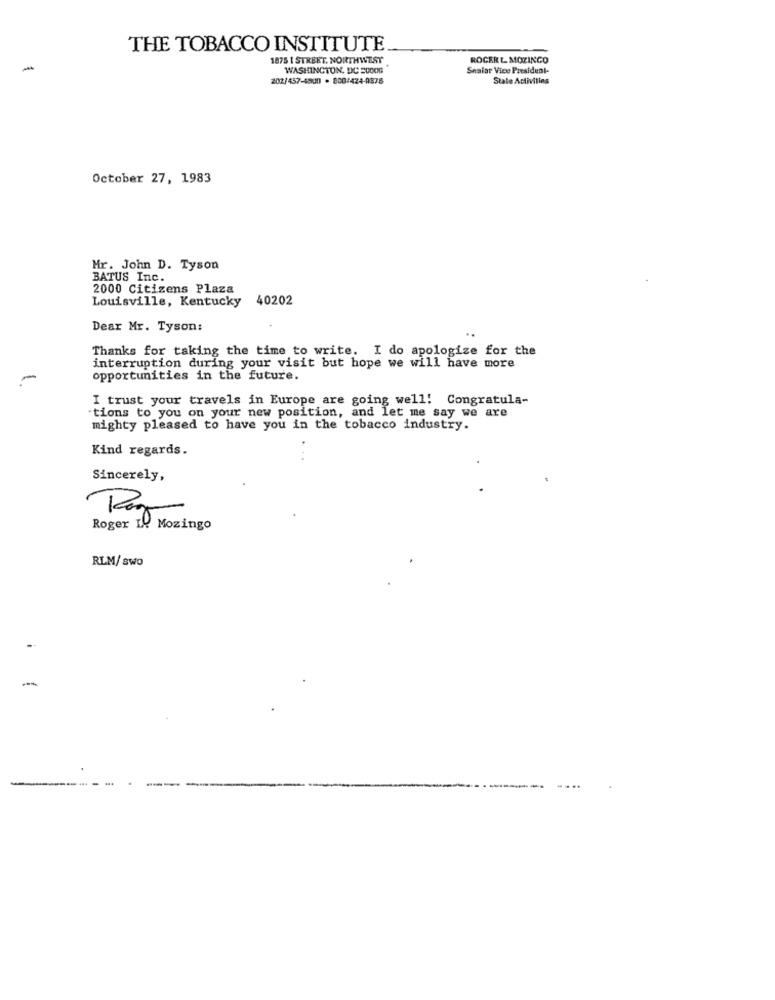
THE TOBACCO INSTITUTE
1875 1 STREET, NORTHWEST
ROGER L MOZINGO
-
WASHINGTON, DC 2000G
Senior Vice President-
202/457-4500 . 800/424-0878
State Activities
October 27, 1983
Mr. John D. Tyson
BATUS Inc.
2000 Citizens Plaza
Louisville, Kentucky 40202
Dear Mr. Tyson:
..
Thanks for taking the time to write. I do apologize for the
interruption during your visit but hope we will have more
opportunities in the future.
I trust your travels in Europe are going well! Congratula-
tions to you on your new position, and let me say we are
mighty pleased to have you in the tobacco industry.
Kind regards.
.
Sincerely,
Roger I! Mozingo
RLM/ swo